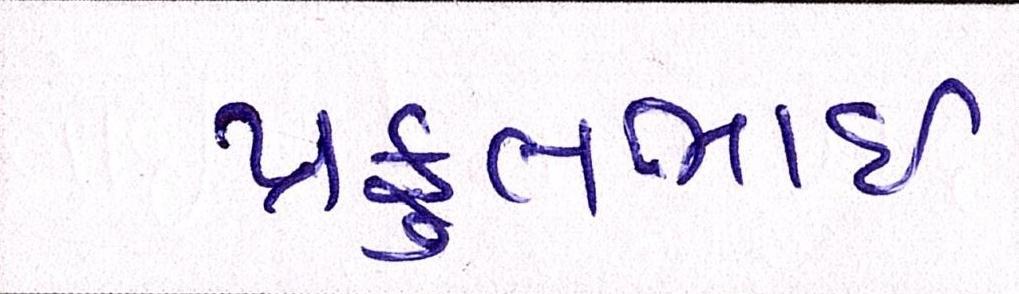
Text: પ્રફુલભાઈ